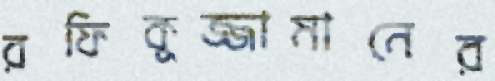
রফিকুজ্জামানের